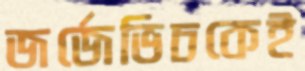
জর্জেভিচকেই